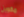
مكوين